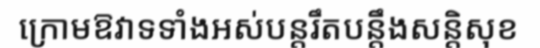
ក្រោមឱវាទទាំងអស់បន្តរឹតបន្តឹងសន្តិសុខ